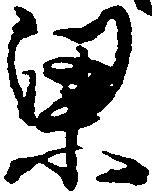
梁